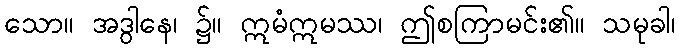
သော။ အဒွါနေ၊ ၌။ ဣမံဣမဿ၊ ဤစကြာမင်း၏။ သမုခါ၊